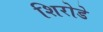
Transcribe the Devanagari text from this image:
शिरोडे